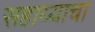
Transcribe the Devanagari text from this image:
सहाय्याचा